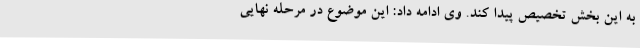
به این بخش تخصیص پیدا کند. وی ادامه داد: این موضوع در مرحله نهایی